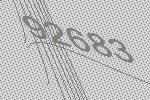
92683